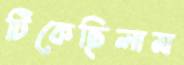
টিকেছিলাম